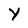
Character: Y